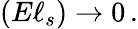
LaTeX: (E\ell_{s})\rightarrow 0\, .